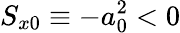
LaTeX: S_{x0}\equiv-a_{0}^{2}<0